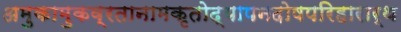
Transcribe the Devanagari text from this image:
अमुकामुकव्रतानामकृतोद्यापनदोषपरिहारार्थ